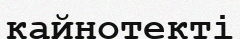
кайнотекті